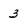
Character: 3